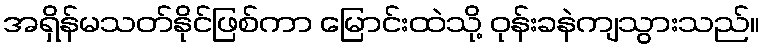
အရှိန်မသတ်နိုင်ဖြစ်ကာ မြောင်းထဲသို့ ဝုန်းခနဲကျသွားသည်။